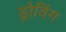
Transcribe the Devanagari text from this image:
ड्रोविंग